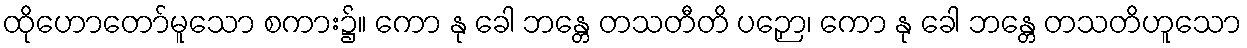
ထိုဟောတော်မူသော စကား၌။ ကော နု ခေါ ဘန္တေ တသတီတိ ပဉှော၊ ကော နု ခေါ ဘန္တေ တသတိဟူသော